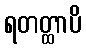
ရတတ္ထာပိ